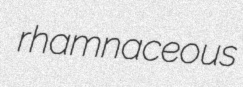
rhamnaceous